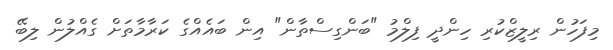
މިފަހުން ރިލީޒްކުރި ހިންދީ ފިލްމު "ބަންގިސްތާން" އިން ބައެއްގެ ކަރާމާތަށް ގެއްލުން ލިބޭ